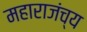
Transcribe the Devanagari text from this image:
महाराजंच्य